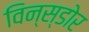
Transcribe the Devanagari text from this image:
विन्स्डोर